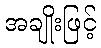
အချိုးဖြင့်